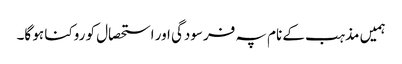
ہمیں مذہب کے نام پہ فرسودگی اور استحصال کو روکنا ہو گا۔